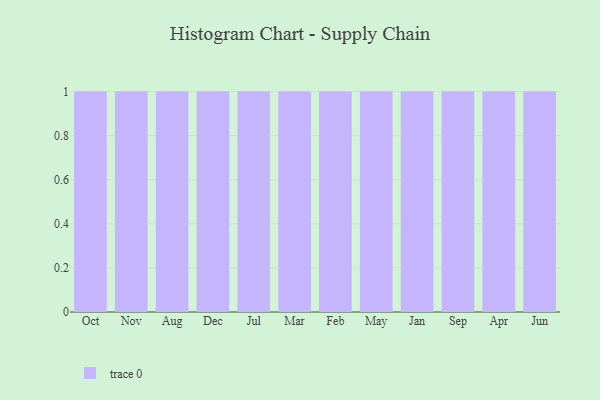
{"axis": {"x": "Month", "y": "Inventory Turnover"}, "legend": [""], "data": [{"x": "Oct", "y": 39, "type": ""}, {"x": "Nov", "y": 61, "type": ""}, {"x": "Aug", "y": 71, "type": ""}, {"x": "Dec", "y": 36, "type": ""}, {"x": "Jul", "y": 8, "type": ""}, {"x": "Mar", "y": 8, "type": ""}, {"x": "Feb", "y": 43, "type": ""}, {"x": "May", "y": 8, "type": ""}, {"x": "Jan", "y": 68, "type": ""}, {"x": "Sep", "y": 57, "type": ""}, {"x": "Apr", "y": 94, "type": ""}, {"x": "Jun", "y": 83, "type": ""}]}